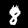
Label: 8